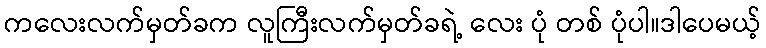
ကလေးလက်မှတ်ခက လူကြီးလက်မှတ်ခရဲ့ လေး ပုံ တစ် ပုံပါ။ဒါပေမယ့်